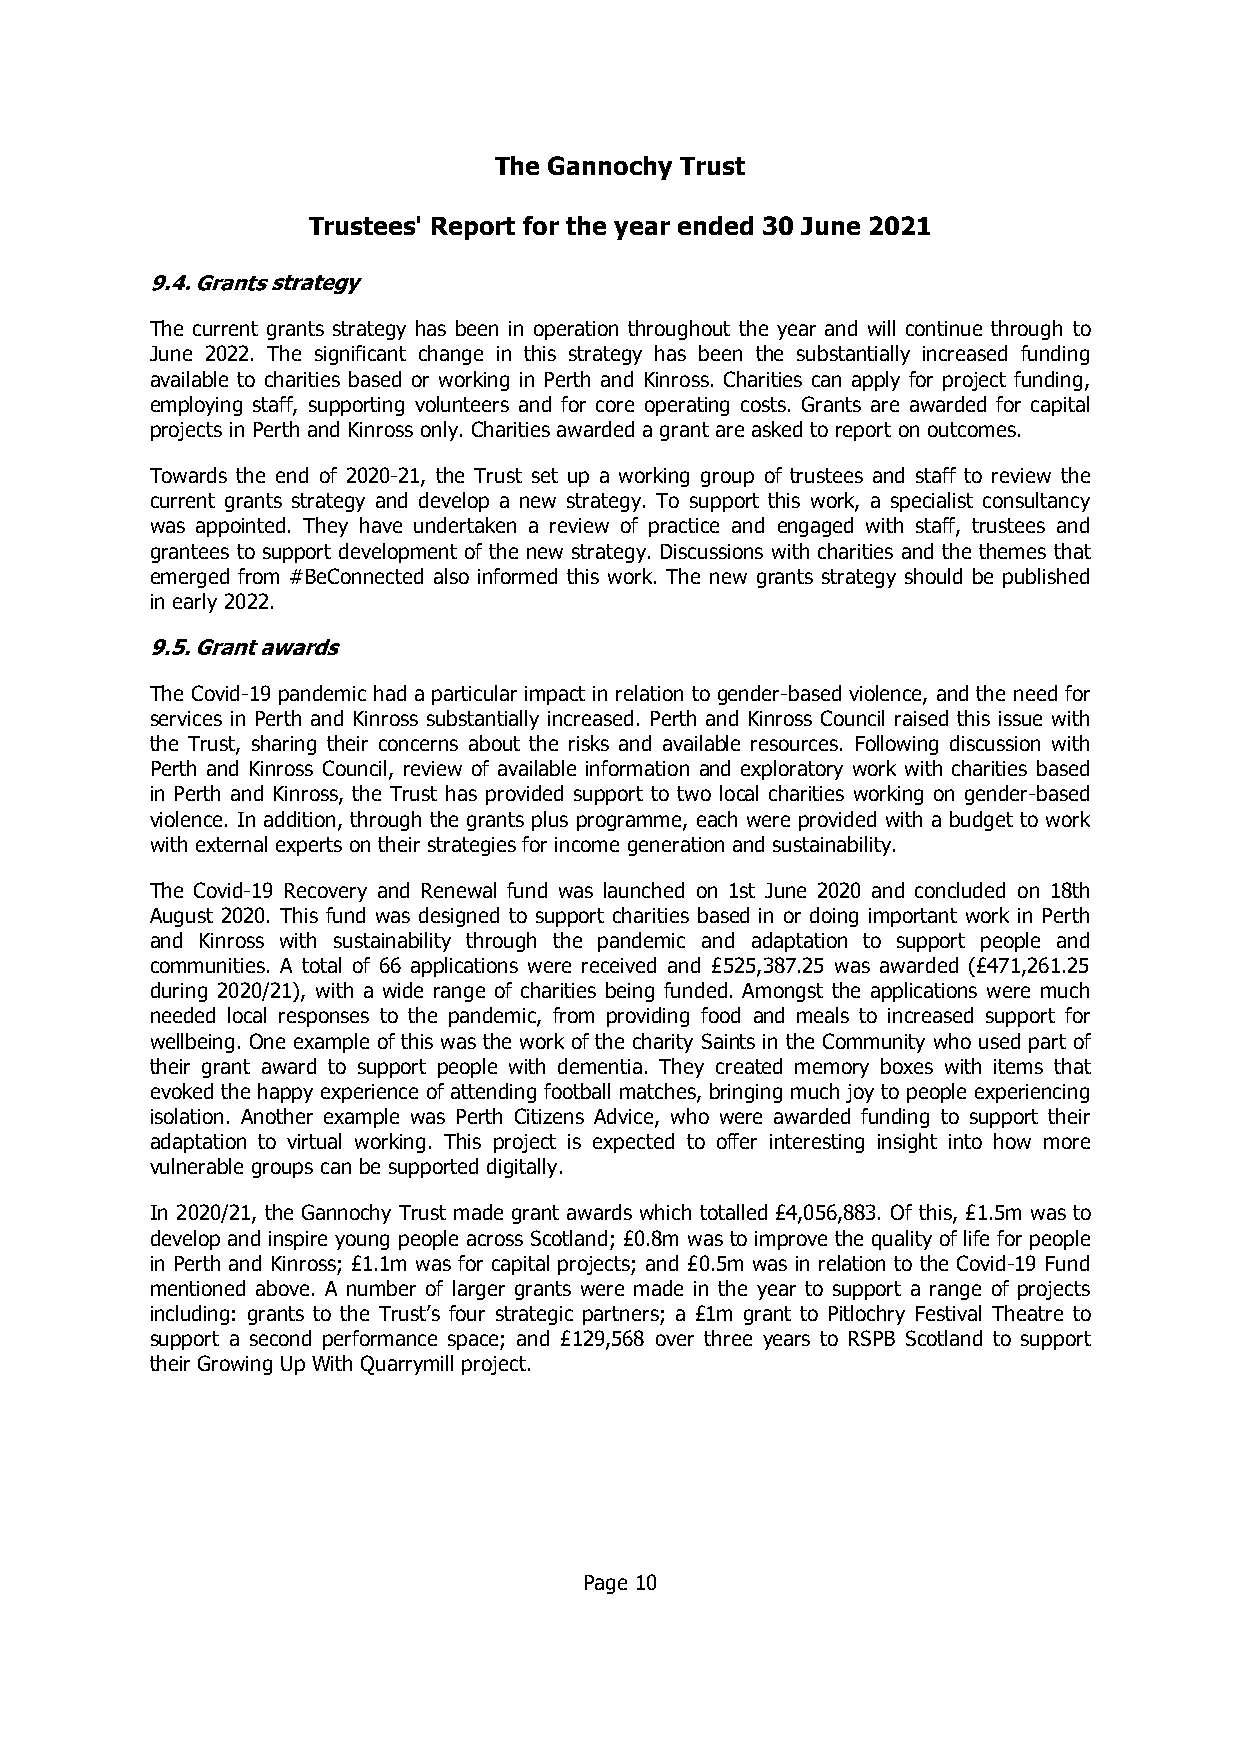
The Gannochy Trust
 Trustees' Report for the year ended 30 June 2021
 The current grants strategy has been in operation throughout the year and will continue through to
 June 2022. The significant change in this strategy has been the substantially increased funding
 available to charities based or working in Perth and Kinross. Charities can apply for project funding,
 employing staff, supporting volunteers and for core operating costs. Grants are awarded for capital
 projects in Perth and Kinross only. Charities awarded a grant are asked to report on outcomes.
 Towards the end of 2020-21, the Trust set up a working group of trustees and staff to review the
 current grants strategy and develop a new strategy. To support this work, a specialist consultancy
 was appointed. They have undertaken a review of practice and engaged with staff, trustees and
 grantees to support development of the new strategy. Discussions with charities and the themes that
 emerged from #BeConnected also informed this work. The new grants strategy should be published
 in early 2022.
 The Covid-19 pandemic had a particular impact in relation to gender-based violence, and the need for
 services in Perth and Kinross substantially increased. Perth and Kinross Council raised this issue with
 the Trust, sharing their concerns about the risks and available resources. Following discussion with
 Perth and Kinross Council, review of available information and exploratory work with charities based
 in Perth and Kinross, the Trust has provided support to two local charities working on gender-based
 violence. In addition, through the grants plus programme, each were provided with a budget to work
 with external experts on their strategies for income generation and sustainability.
 The Covid-19 Recovery and Renewal fund was launched on 1st June 2020 and concluded on 18th
 August 2020. This fund was designed to support charities based in or doing important work in Perth
 and Kinross with sustainability through the pandemic and adaptation to support people and
 communities. A total of 66 applications were received and £525,387.25 was awarded (£471,261.25
 during 2020/21), with a wide range of charities being funded. Amongst the applications were much
 needed local responses to the pandemic, from providing food and meals to increased support for
 wellbeing. One example of this was the work of the charity Saints in the Community who used part of
 their grant award to support people with dementia. They created memory boxes with items that
 evoked the happy experience of attending football matches, bringing much joy to people experiencing
 isolation. Another example was Perth Citizens Advice, who were awarded funding to support their
 adaptation to virtual working. This project is expected to offer interesting insight into how more
 vulnerable groups can be supported digitally.
 In 2020/21, the Gannochy Trust made grant awards which totalled £4,056,883. Of this, £1.5m was to
 develop and inspire young people across Scotland; £0.8m was to improve the quality of life for people
 in Perth and Kinross; £1.1m was for capital projects; and £0.5m was in relation to the Covid-19 Fund
 mentioned above. A number of larger grants were made in the year to support a range of projects
 including: grants to the Trust’s four strategic partners; a £1m grant to Pitlochry Festival Theatre to
 support a second performance space; and £129,568 over three years to RSPB Scotland to support
 their Growing Up With Quarrymill project.
 Page 10